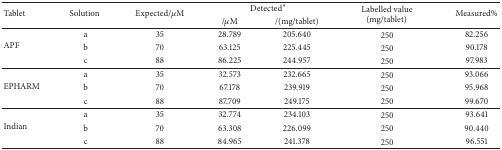
<table><thead><tr><td rowspan="2"><b>Tablet</b></td><td rowspan="2"><b>Solution </b></td><td rowspan="2"><b>Expected/<i>μ</i>M</b></td><td colspan="2"><b>Detected<sup><i>∗</i></sup></b></td><td rowspan="2"><b>Labelled value (mg/tablet)</b></td><td rowspan="2"><b>Measured%</b></td></tr><tr><td><b>/<i>μ</i>M</b></td><td><b>/(mg/tablet)</b></td></tr></thead><tbody><tr><td rowspan="3">APF</td><td>a</td><td>35</td><td>28.789</td><td>205.640</td><td>250</td><td>82.256</td></tr><tr><td>b</td><td>70</td><td>63.125</td><td>225.445</td><td>250</td><td>90.178</td></tr><tr><td>c</td><td>88</td><td>86.225</td><td>244.957</td><td>250</td><td>97.983</td></tr><tr><td rowspan="3">EPHARM</td><td>a</td><td>35</td><td>32.573</td><td>232.665</td><td>250</td><td>93.066</td></tr><tr><td>b</td><td>70</td><td>67.178</td><td>239.919</td><td>250</td><td>95.968</td></tr><tr><td>c</td><td>88 </td><td>87.709</td><td>249.175</td><td>250</td><td>99.670</td></tr><tr><td rowspan="3">Indian</td><td>a</td><td>35</td><td>32.774</td><td>234.103</td><td>250</td><td>93.641</td></tr><tr><td>b</td><td>70</td><td>63.308</td><td>226.099</td><td>250</td><td>90.440</td></tr><tr><td>c</td><td>88 </td><td>84.965</td><td>241.378</td><td>250</td><td>96.551</td></tr></tbody></table>